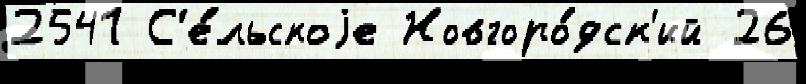
2541 С'е́льскоjе Новгоро́дск'ий 26